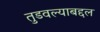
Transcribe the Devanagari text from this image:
तुडवल्याबद्दल